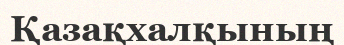
Қазақхалқының